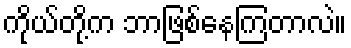
ကိုယ်တို့က ဘာဖြစ်နေကြတာလဲ။